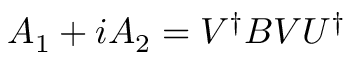
A _ { 1 } + i A _ { 2 } = V ^ { \dagger } B V U ^ { \dagger }